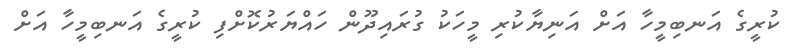
ކުރީގެ އަނބިމީހާ އަށް އަނިޔާކުރި މީހަކު ގުރައިދޫން ހައްޔަރުކޮށްފި ކުރީގެ އަނބިމީހާ އަށް